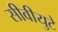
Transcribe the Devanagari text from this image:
सीवीयुटे